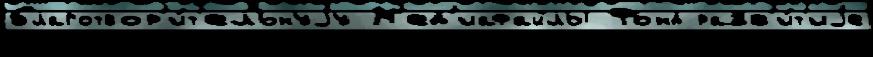
благотвор'и́т'ельнуjу М'ед'иафайлы Фонд разв'и́т'иjе